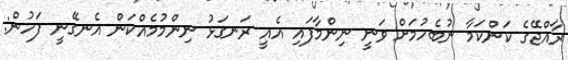
ރާއްޖޭގެ ކަންކަމާ ނުބެހުމަށް ވަނީ ނިންމާފައި އެއީ ރަނގަޅު ނިންމުމެއްކަން އެނގޭނީ ފަހުން: